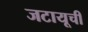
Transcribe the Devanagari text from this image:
जटायूची